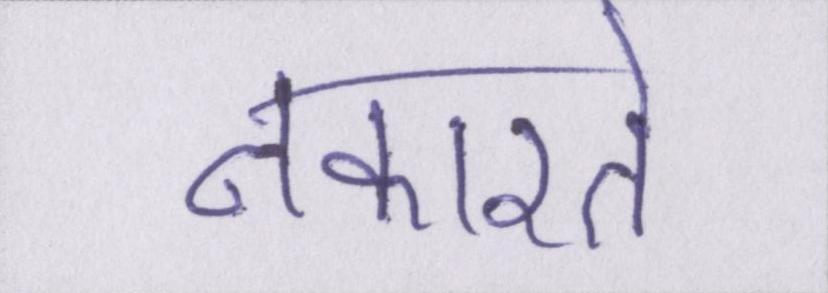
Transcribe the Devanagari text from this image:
नकारते